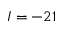
I = - 2 1